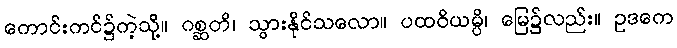
ကောင်းကင်၌ကဲ့သို့။ ဂစ္ဆတိ၊ သွားနိုင်သလော။ ပထဝိယမ္ပိ၊ မြေ၌လည်း။ ဥဒကေ